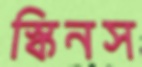
স্কিনস